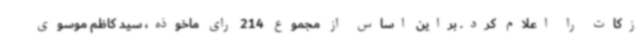
زکات را اعلام کرد. براین اساس از مجموع 214 رای ماخوذه، سید کاظم موسوی